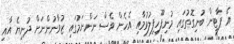
އެ ޕާޓީން ބުނިގޮތުގައި މުނިފޫހިފިލުވުމާއި އެހެން ވެސް ނަންނަމުގައި ޒުވާނުންނަށް ދުނިޔެ އާއި